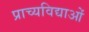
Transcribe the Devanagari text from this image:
प्राच्यविद्याओं